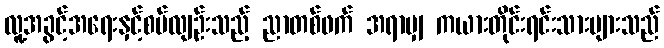
လူ့အခွင့်အရေးနှင့်စပ်လျဉ်းသည့် ညာတစ်ဖက် အရာမျှ ကယားတိုင်းရင်းသားများသည်